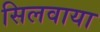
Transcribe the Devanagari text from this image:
सिलवाया